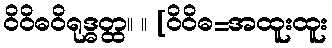
ဝိဝိဓဝိရုဒ္ဓတ္ထ။ ။ [ဝိဝိဓ=အထူးထူး